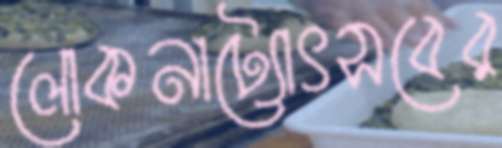
লোকনাট্যোৎসবের